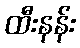
ထီးနန်း